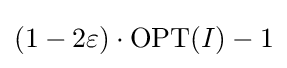
(1-2\varepsilon )\cdot \mathrm {OPT} (I)-1